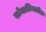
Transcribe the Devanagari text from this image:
सोमालियातील